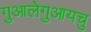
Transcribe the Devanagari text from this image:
गुआलेगुआयचु